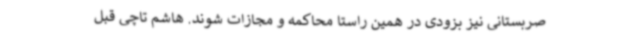
صربستانی نیز بزودی در همین راستا محاکمه و مجازات شوند. هاشم تاچی قبل